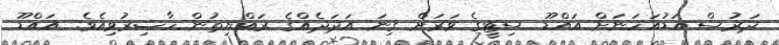
ދަރުސް އަޑުއަހަނަށް އައްޑޫ ސިޓީގެ ވަރަށް ގިނަ އަދަދެއްގެ ރައްޔިތުން ހާޟިރުވިއެވެ. އައްޑޫ